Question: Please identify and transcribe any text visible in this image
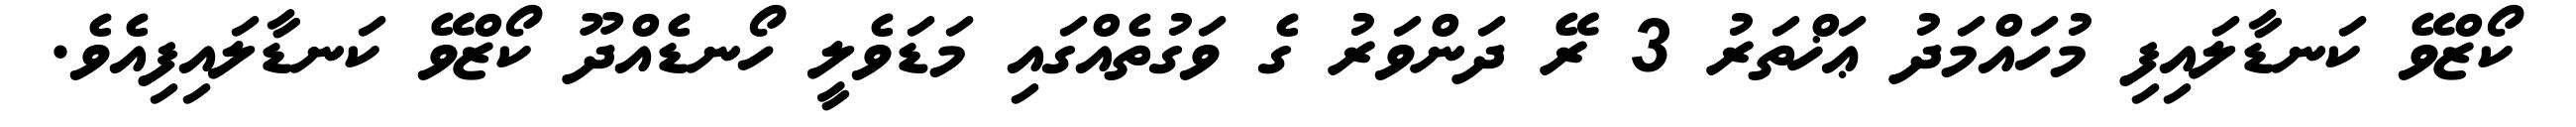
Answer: ކޯޒްވޭ ކަނޑާލައިފި މުހައްމަދު ޢަޚްތަރު 3 ރޭ ދަންވަރު ގެ ވަގުތެއްގައި މަޑަވެލީ ހޯނޑެއްދޫ ކޯޒްވޭ ކަނޑާލައިފިއެވެ.